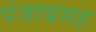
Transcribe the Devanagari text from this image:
पंजाबसह